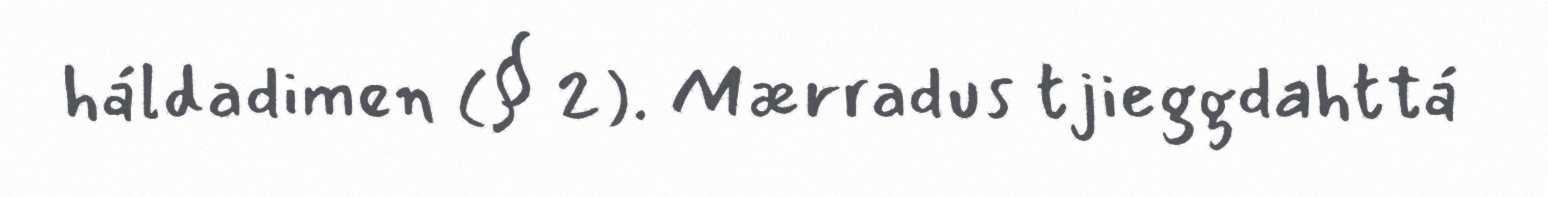
háldadimen (§ 2). Mærradus tjieggdahttá